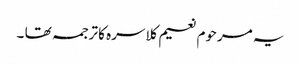
یہ مرحوم نعیم کلاسرہ کا ترجمہ تھا ۔